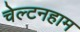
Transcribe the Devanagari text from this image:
चेल्टनहाम